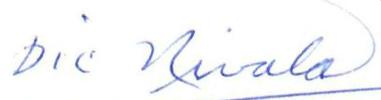
Dic Nivala